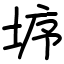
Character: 垿